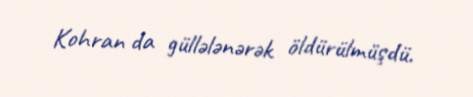
Kohran da güllələnərək öldürülmüşdü.